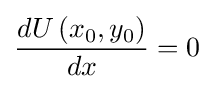
{\frac {dU\left(x_{0},y_{0}\right)}{dx}}=0